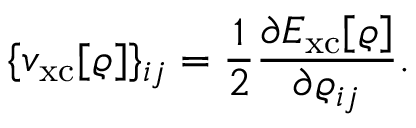
{ \displaystyle \{ v _ { \mathrm { x c } } [ \varrho ] \} _ { i j } = \frac { 1 } { 2 } \frac { \partial E _ { \mathrm { x c } } [ \varrho ] } { \partial \varrho _ { i j } } . }